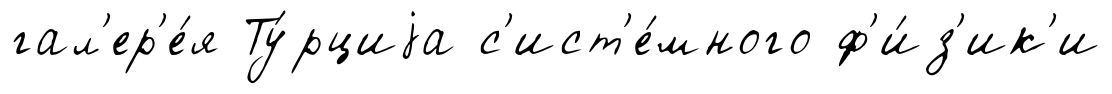
гал'ер'е́я Ту́рциjа с'ист'е́много ф'и́з'ик'и